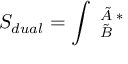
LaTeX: S _ { d u a l } = \int \mathbf { \Omega } _ { \tilde { B } } ^ { \tilde { A } \; \ast } \mathbf { \Omega }